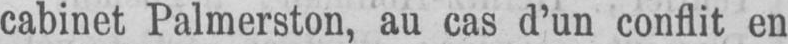
cabinet Palmerston, au cas d’un conflit en